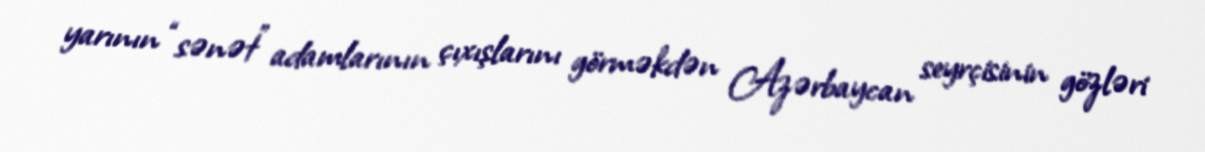
yarının “sənət” adamlarının çıxışlarını görməkdən Azərbaycan seyrçisinin gözləri